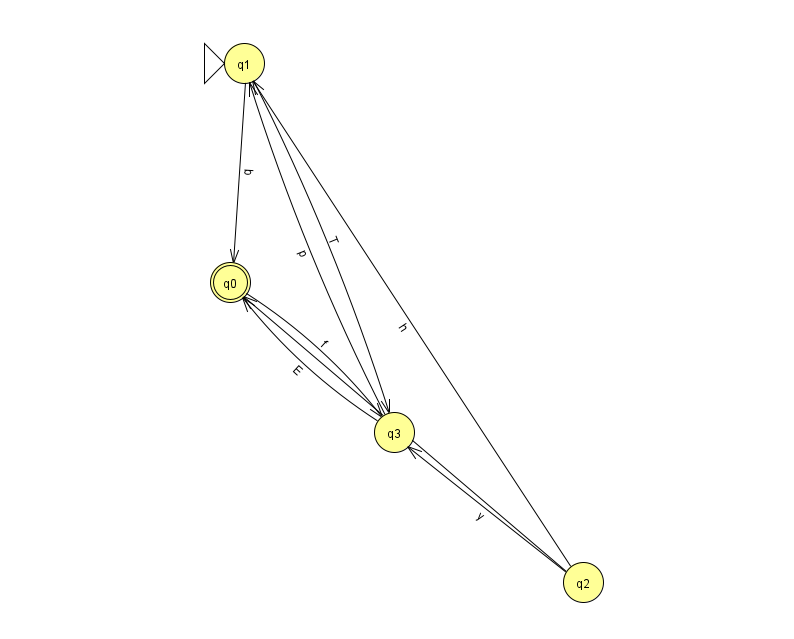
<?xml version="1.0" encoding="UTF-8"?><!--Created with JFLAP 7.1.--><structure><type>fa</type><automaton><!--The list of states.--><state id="0" name="q0"><x>230.0</x><y>269.0</y><final/></state><state id="1" name="q1"><x>244.0</x><y>50.0</y><initial/></state><state id="2" name="q2"><x>583.0</x><y>569.0</y></state><state id="3" name="q3"><x>394.0</x><y>419.0</y></state><!--The list of transitions.--><transition><from>3</from><to>1</to><read>p</read></transition><transition><from>2</from><to>1</to><read>h</read></transition><transition><from>2</from><to>0</to><read>D</read></transition><transition><from>2</from><to>3</to><read>y</read></transition><transition><from>1</from><to>3</to><read>T</read></transition><transition><from>3</from><to>0</to><read>E</read></transition><transition><from>0</from><to>3</to><read>f</read></transition><transition><from>1</from><to>0</to><read>q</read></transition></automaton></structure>